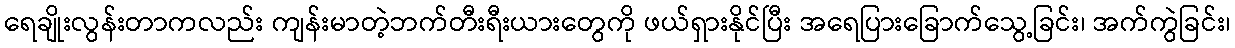
ရေချိုးလွန်းတာကလည်း ကျန်းမာတဲ့ဘက်တီးရီးယားတွေကို ဖယ်ရှားနိုင်ပြီး အရေပြားခြောက်သွေ့ခြင်း၊ အက်ကွဲခြင်း၊